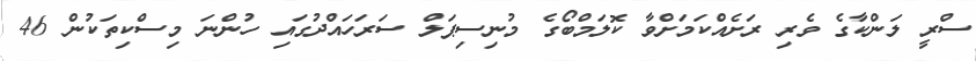
ސްރީ ލަންކާގެ ވެރި ރަށެއްކަމަށްވާ ކޮލަމްބޯގެ މުނިސިޕަލް ސަރަހައްދުގައި ހުންނަ މިސްކިތަކުން 46